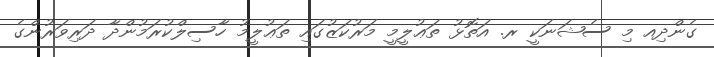
ގެންދިއ މި ސެޝަނަކީ ރ. އަތޮޅު ތަޢުލީމީ މަރުކަޒުގައި ތަޢުލީމު ހާސިލްކުރަމުންދާ ދަރިވަރުންގެ